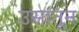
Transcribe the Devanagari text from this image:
उसातून